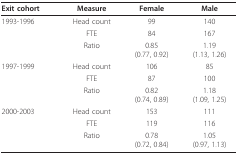
<table><thead><tr><td><b>Exit cohort</b></td><td><b>Measure</b></td><td><b>Female</b></td><td><b>Male</b></td></tr></thead><tbody><tr><td>1993-1996</td><td>Head count</td><td>99</td><td>140</td></tr><tr><td></td><td>FTE</td><td>84</td><td>167</td></tr><tr><td></td><td>Ratio</td><td>0.85(0.77, 0.92)</td><td>1.19(1.13, 1.26)</td></tr><tr><td>1997-1999</td><td>Head count</td><td>106</td><td>85</td></tr><tr><td></td><td>FTE</td><td>87</td><td>100</td></tr><tr><td></td><td>Ratio</td><td>0.82(0.74, 0.89)</td><td>1.18(1.09, 1.25)</td></tr><tr><td>2000-2003</td><td>Head count</td><td>153</td><td>111</td></tr><tr><td></td><td>FTE</td><td>119</td><td>116</td></tr><tr><td></td><td>Ratio</td><td>0.78(0.72, 0.84)</td><td>1.05(0.97, 1.13)</td></tr></tbody></table>